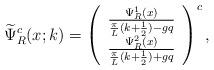
LaTeX: \begin{align*}\widetilde{\Psi}^{c}_{R}(x;k) = \left( \begin{array}{c} \frac{\Psi^1_R(x)}{\frac{\pi}{L}(k+\frac{1}{2})-gq} \\ \frac{\Psi^2_R(x)}{\frac{\pi}{L}(k+\frac{1}{2})+gq} \end{array} \right)^c,\end{align*}